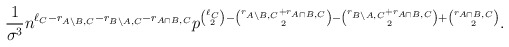
\begin{align*}\frac{1}{\sigma^3}n^{\ell_C-r_{A\setminus B,C}-r_{B\setminus A,C}-r_{A\cap B,C}}p^{\binom{\ell_C}{2}-\binom{r_{A\setminus B,C}+r_{A\cap B,C}}{2}-\binom{r_{B\setminus A,C}+r_{A\cap B,C}}{2}+\binom{r_{A\cap B,C}}{2}}.\end{align*}